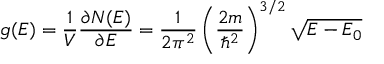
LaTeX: g ( E ) = { \frac { 1 } { V } } { \frac { \partial N ( E ) } { \partial E } } = { \frac { 1 } { 2 \pi ^ { 2 } } } \left( { \frac { 2 m } { \hbar ^ { 2 } } } \right) ^ { 3 / 2 } { \sqrt { E - E _ { 0 } } }